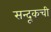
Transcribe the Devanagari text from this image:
सन्दूकची